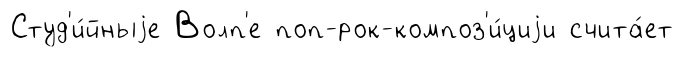
Студ'и́йныjе Волп'е поп-рок-композ'и́циjи счита́ет